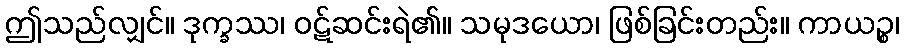
ဤသည်လျှင်။ ဒုက္ခဿ၊ ဝဋ်ဆင်းရဲ၏။ သမုဒယော၊ ဖြစ်ခြင်းတည်း။ ကာယဉ္စ၊